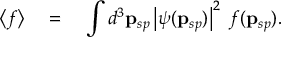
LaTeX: \left\langle f \right\rangle \quad = \quad \int d ^ { 3 } { \bf p } _ { s p } \left| \psi ( { \bf p } _ { s p } ) \right| ^ { 2 } \; f ( { \bf p } _ { s p } ) .